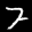
Label: 7